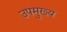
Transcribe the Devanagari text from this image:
उपमुख्य